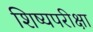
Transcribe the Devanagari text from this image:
शिष्यपरीक्षा